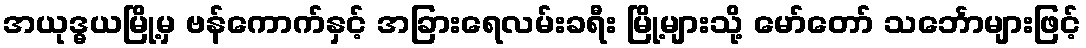
အယုဒ္ဓယမြို့မှ ဗန်ကောက်နှင့် အခြားရေလမ်းခရီး မြို့များသို့ မော်တော် သင်္ဘောများဖြင့်